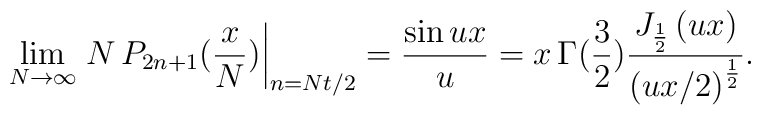
\lim_{N\rightarrow\infty}\left.N\,P_{2n+1}(\frac{x}{N})\right|_{n=Nt/2}=\frac{\sin u x }{u}=x\,\Gamma(\frac32) \frac{J_{\frac12}\left( u x \right)}{\left( u x/2 \right)^{\frac12}}.